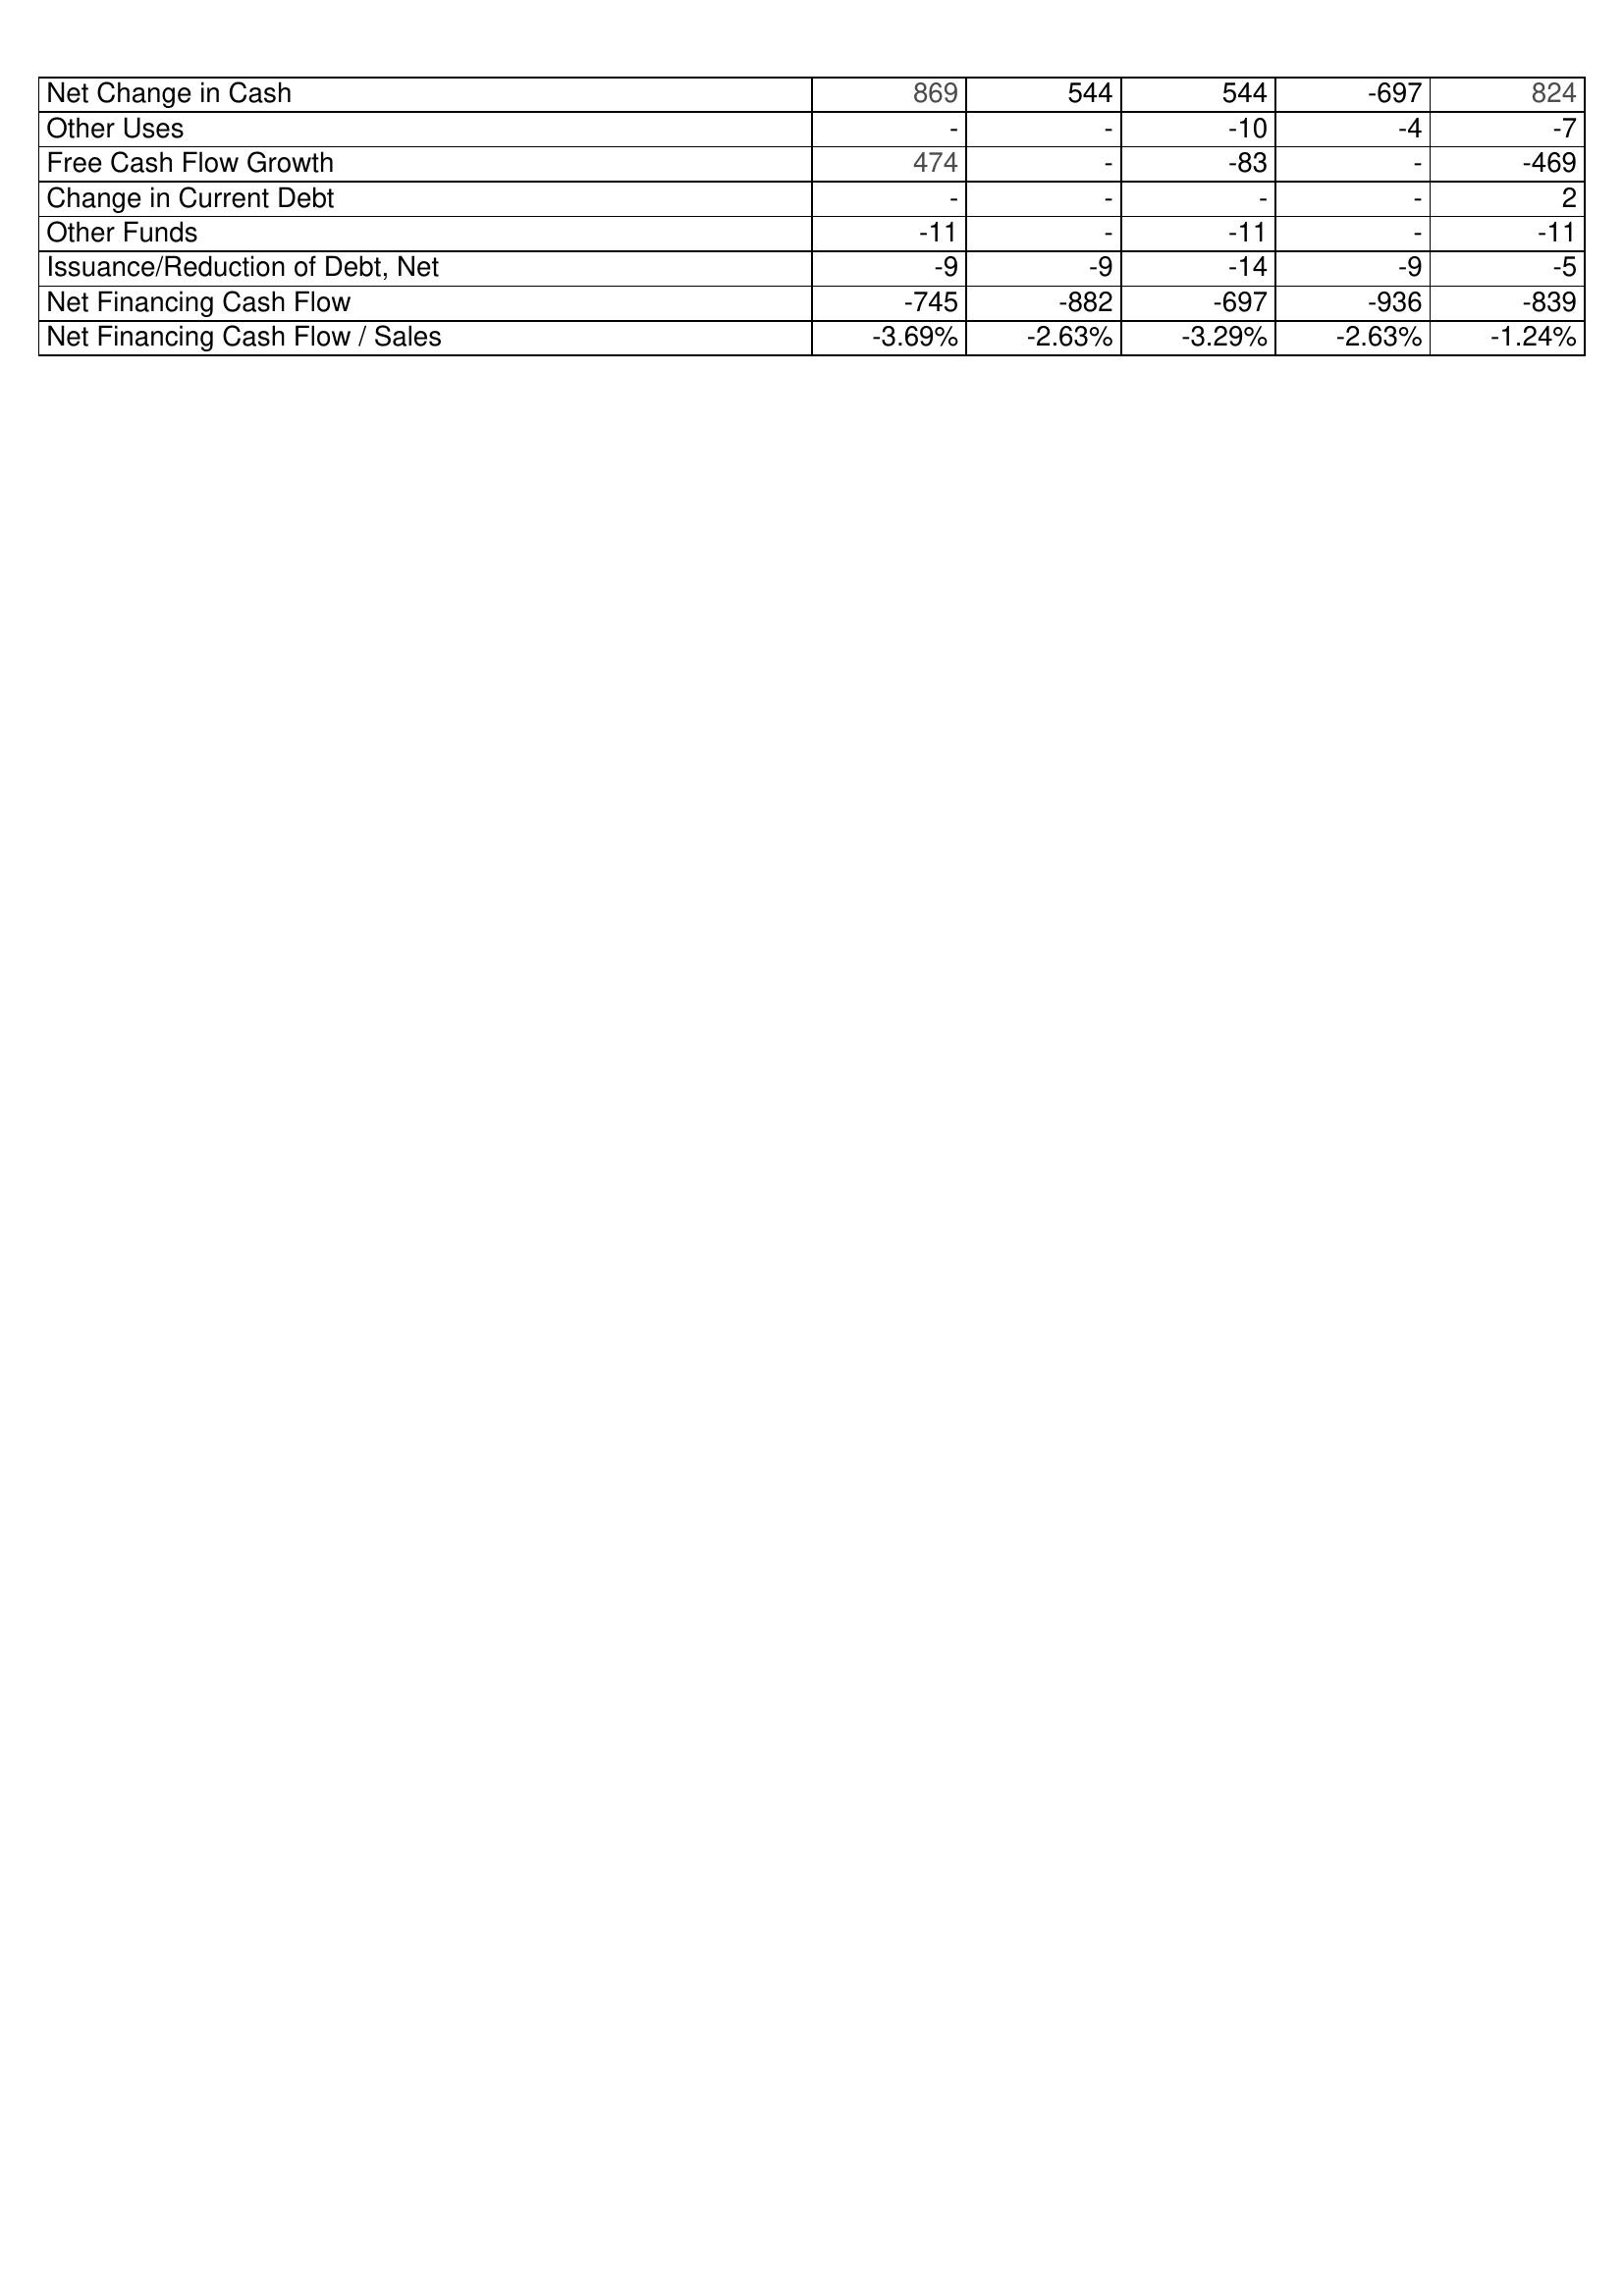
2013: Financing Activities: Net Change in Cash: 869
Other Uses: -
Free Cash Flow Growth: 474
Change in Current Debt: -
Other Funds: -11
Issuance/Reduction of Debt, Net: -9
Net Financing Cash Flow: -745
Net Financing Cash Flow / Sales: -3.69%
2014: Financing Activities: Net Change in Cash: 544
Other Uses: -
Free Cash Flow Growth: -
Change in Current Debt: -
Other Funds: -
Issuance/Reduction of Debt, Net: -9
Net Financing Cash Flow: -882
Net Financing Cash Flow / Sales: -2.63%
2015: Financing Activities: Net Change in Cash: 544
Other Uses: -10
Free Cash Flow Growth: -83
Change in Current Debt: -
Other Funds: -11
Issuance/Reduction of Debt, Net: -14
Net Financing Cash Flow: -697
Net Financing Cash Flow / Sales: -3.29%
2016: Financing Activities: Net Change in Cash: -697
Other Uses: -4
Free Cash Flow Growth: -
Change in Current Debt: -
Other Funds: -
Issuance/Reduction of Debt, Net: -9
Net Financing Cash Flow: -936
Net Financing Cash Flow / Sales: -2.63%
2017: Financing Activities: Net Change in Cash: 824
Other Uses: -7
Free Cash Flow Growth: -469
Change in Current Debt: 2
Other Funds: -11
Issuance/Reduction of Debt, Net: -5
Net Financing Cash Flow: -839
Net Financing Cash Flow / Sales: -1.24%